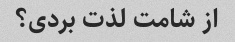
از شامت لذت بردی؟